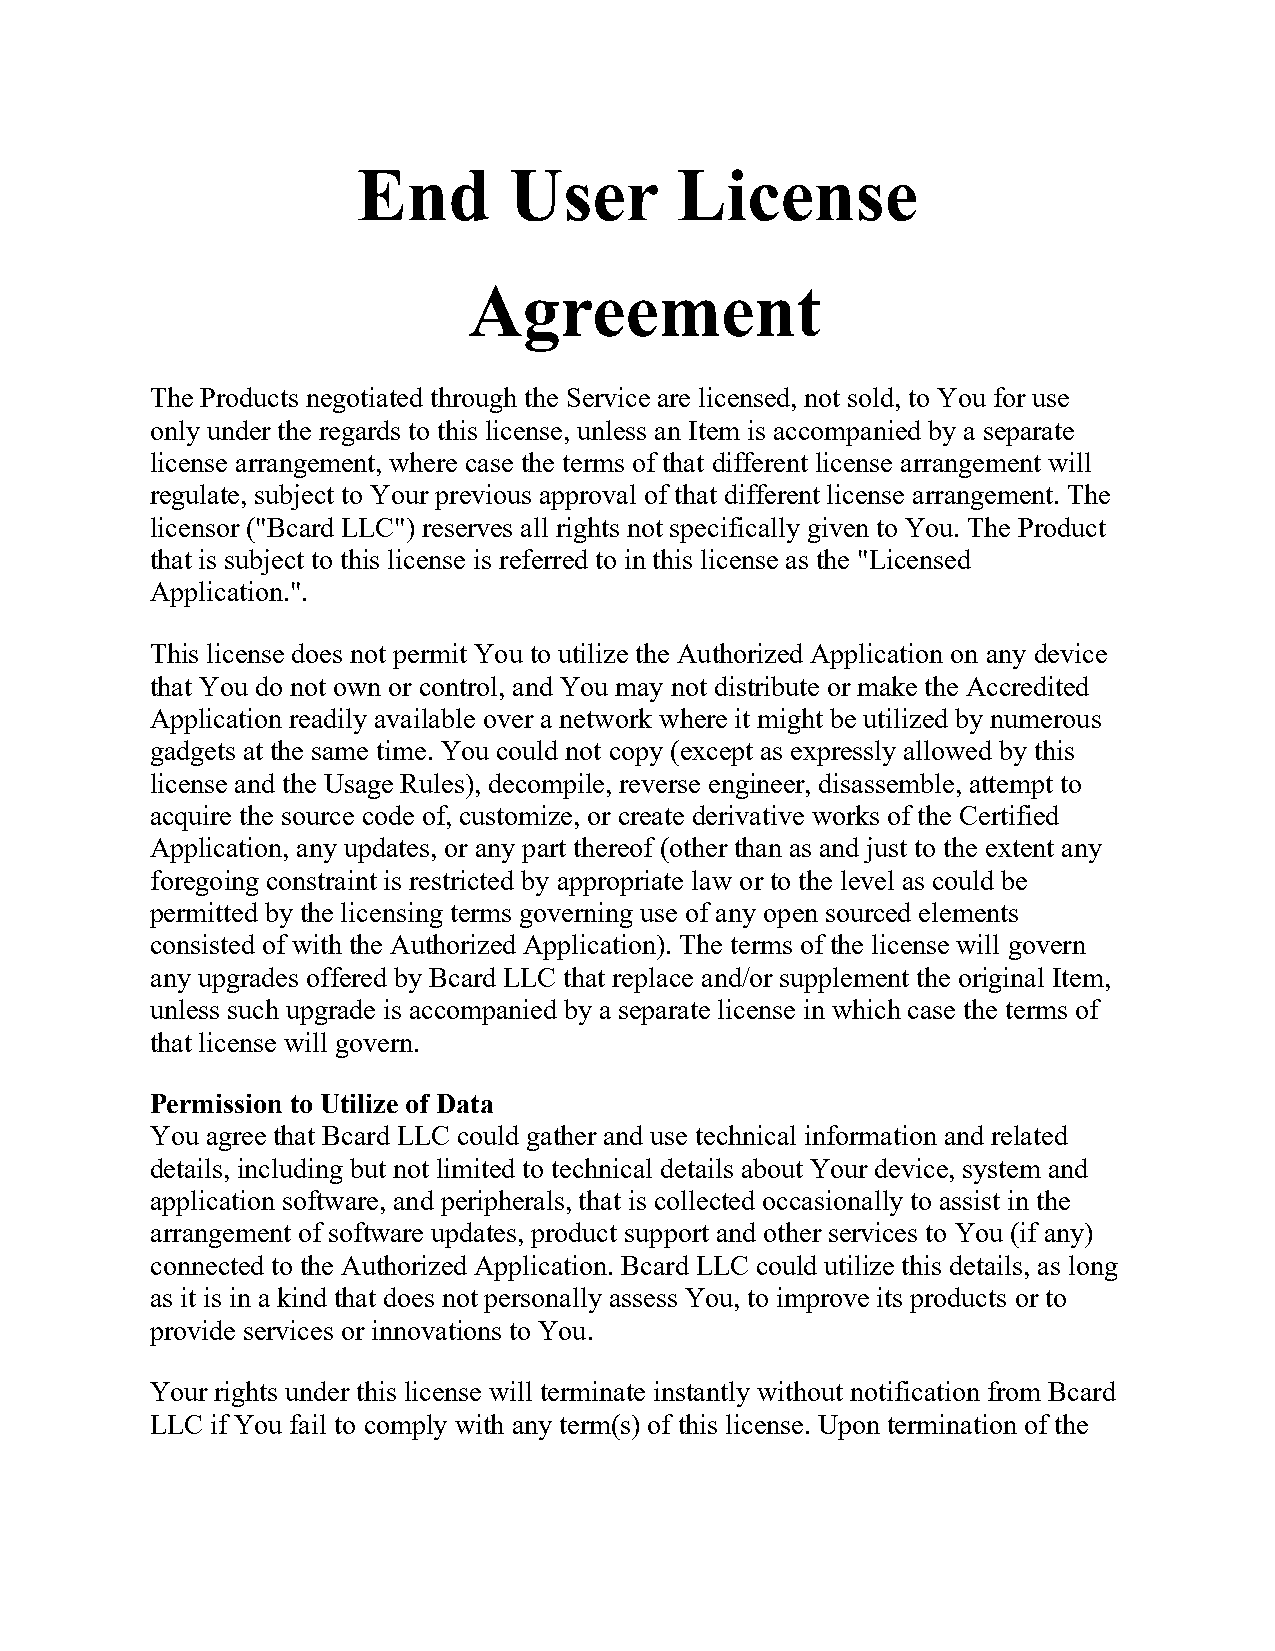
End       User       License
 Agreement
 The Products negotiated through the Service are licensed, not sold, to You for use
 only under the regards to this license, unless an Item is accompanied by a separate
 license arrangement, where case the terms of that different license arrangement will
 regulate, subject to Your previous approval of that different license arrangement. The
 licensor ("Bcard LLC") reserves all rights not specifically given to You. The Product
 that is subject to this license is referred to in this license as the "Licensed
 Application.".
 This license does not permit You to utilize the Authorized Application on any device
 that You do not own or control, and You may not distribute or make the Accredited
 Application readily available over a network where it might be utilized by numerous
 gadgets at the same time. You could not copy (except as expressly allowed by this
 license and the Usage Rules), decompile, reverse engineer, disassemble, attempt to
 acquire the source code of, customize, or create derivative works of the Certified
 Application, any updates, or any part thereof (other than as and just to the extent any
 foregoing constraint is restricted by appropriate law or to the level as could be
 permitted by the licensing terms governing use of any open sourced elements
 consisted of with the Authorized Application). The terms of the license will govern
 any upgrades offered by Bcard LLC that replace and/or supplement the original Item,
 unless such upgrade is accompanied by a separate license in which case the terms of
 that license will govern.
 Permission to Utilize of Data
 You agree that Bcard LLC could gather and use technical information and related
 details, including but not limited to technical details about Your device, system and
 application software, and peripherals, that is collected occasionally to assist in the
 arrangement of software updates, product support and other services to You (if any)
 connected to the Authorized Application. Bcard LLC could utilize this details, as long
 as it is in a kind that does not personally assess You, to improve its products or to
 provide services or innovations to You.
 Your rights under this license will terminate instantly without notification from Bcard
 LLC if You fail to comply with any term(s) of this license. Upon termination of the